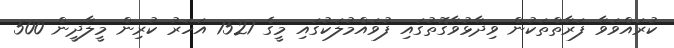
ކުރައްވަވާ ފަރާތްތަކުން ވިދާޅުވާގޮތުގައި ފުވައްމުލަކުގައި މީގެ 1521 އަހަރު ކުރިން މީލާދީން 500